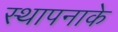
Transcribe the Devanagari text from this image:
स्थापनाके